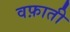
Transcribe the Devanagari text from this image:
वफ़ाती